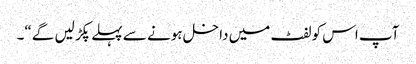
آپ اس کو لفٹ میں داخل ہونے سے پہلے پکڑ لیں گے“۔